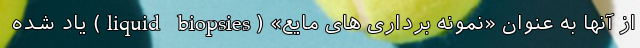
از آنها به عنوان «نمونه برداری های مایع» (liquid biopsies) یاد شده